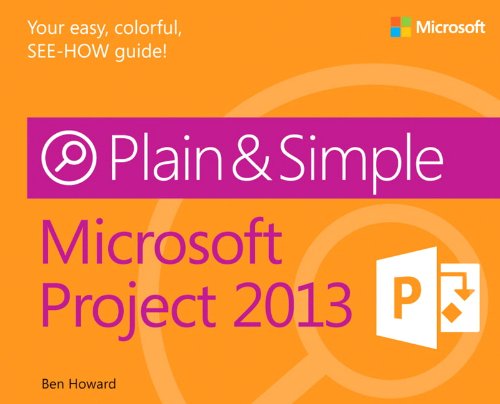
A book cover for Microsoft Project 2013 Plain & Simple; Ben Howard; Computers & Technology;